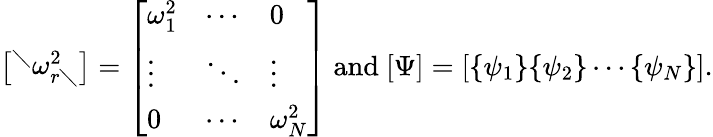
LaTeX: {\left[\begin{array}{l}{^{\diagdown}\omega_{r\diagdown}^{2}}\end{array}\right]}={\left[\begin{array}{lll}{\omega_{1}^{2}}&{\cdots}&{0}\\ {\vdots}&{\ddots}&{\vdots}\\ {0}&{\cdots}&{\omega_{N}^{2}}\end{array}\right]}{\mathrm{~and~}}{\left[\begin{array}{l}{\Psi}\end{array}\right]}={\left[\begin{array}{l}{{\left\{ \begin{array}{l}{\psi_{1}}\end{array}\right\} }{\left\{ \begin{array}{l}{\psi_{2}}\end{array}\right\} }\cdots{\left\{ \begin{array}{l}{\psi_{N}}\end{array}\right\} }}\end{array}\right]}.